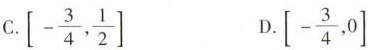
C.[- \frac{3}{4}, \frac{1}{2}] D.[- \frac{3}{4},0]